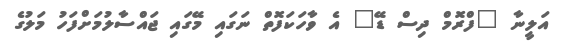
އަލީނާ "ފްރޮމް ދިސް ޑޭ" އެ ވާހަކަފޮތް ނަގައި މޭގައި ޖައްސާލުމަށްފަހު މަލުގެ